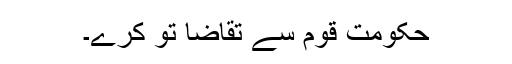
حکومت قوم سے تقاضا تو کرے۔